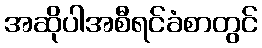
အဆိုပါအစီရင်ခံစာတွင်